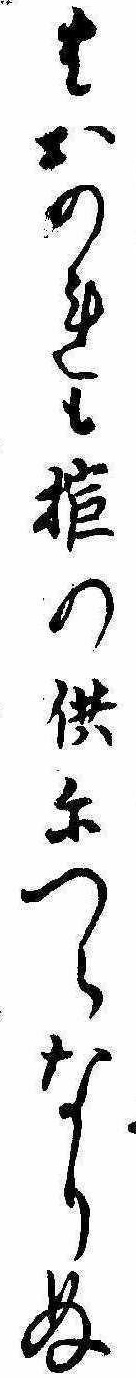
はおのれも棺の供につらなりぬ